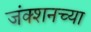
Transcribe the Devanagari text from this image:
जंक्शनच्या